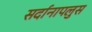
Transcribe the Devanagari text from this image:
सर्दानापलुस